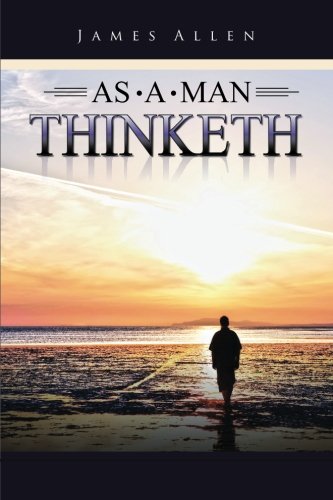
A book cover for As a Man Thinketh; James Allen; Self-Help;